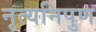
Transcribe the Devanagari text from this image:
नृत्यनिपुण